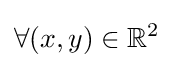
\forall (x,y)\in \mathbb {R} ^{2}